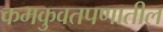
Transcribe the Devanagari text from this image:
कमकुवतपणातील